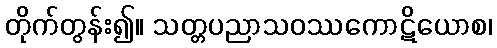
တိုက်တွန်း၍။ သတ္တပညာသဝဿကောဋိယောစ၊